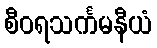
စီဝရသင်္ကမနီယံ